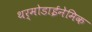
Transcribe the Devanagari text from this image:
थर्मोडाईनेमिक